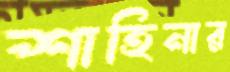
শাহিনার